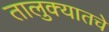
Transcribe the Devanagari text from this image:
तालुक्यातचे